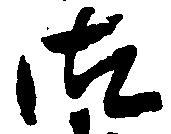
御